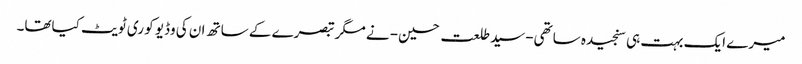
میرے ایک بہت ہی سنجیدہ ساتھی-سید طلعت حسین- نے مگر تبصرے کے ساتھ ان کی وڈیو کو ری ٹویٹ کیاتھا۔